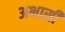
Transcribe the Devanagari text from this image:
अभासी